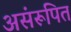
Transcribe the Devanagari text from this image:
असंरूपित